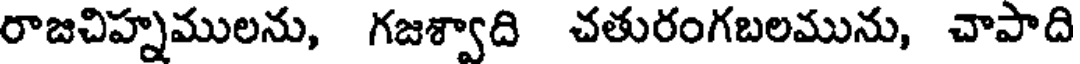
రాజచిహ్నములను, గజశ్వాది చతురంగబలమును, చాపాది